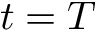
t = T